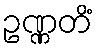
ဥဏ္ဏတိံ